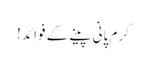
گرم پانی پینے کے فوائد !